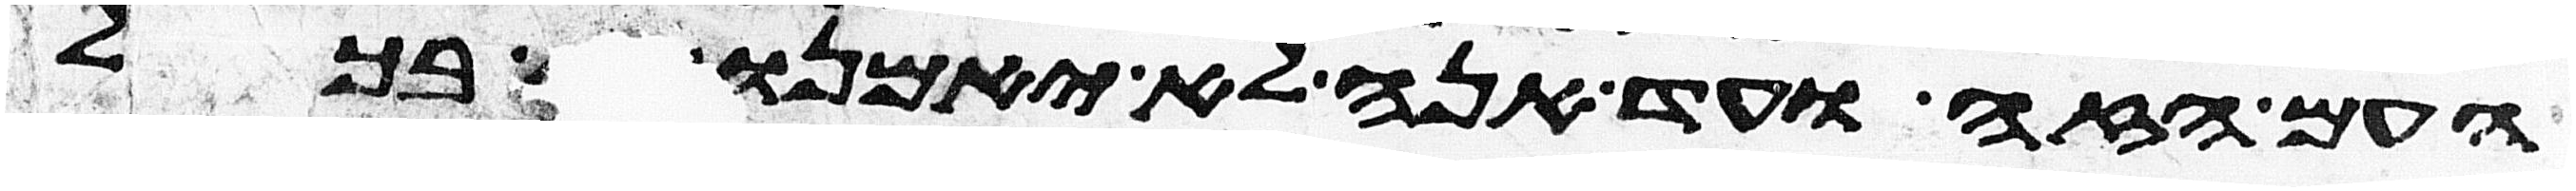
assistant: העם הזה ועד הנה לא יאמנו בי בכל